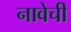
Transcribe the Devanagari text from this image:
नावेची